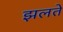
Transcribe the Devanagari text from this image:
झलते